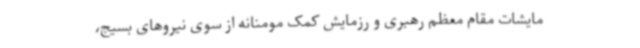
مایشات مقام معظم رهبری و رزمایش کمک مومنانه از سوی نیروهای بسیج،